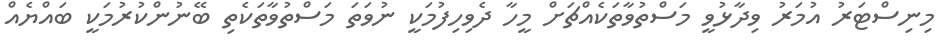
މިނިސްޓަރު އުމަރު ވިދާޅުވީ މަސްތުވާތަކެއްޗަށް މީހާ ދެވިހިފުމަކީ ނުވަތަ މަސްތުވާތަކެތި ބޭނުންކުރުމަކީ ބައްޔެއް